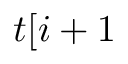
t [ i + 1